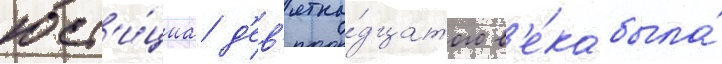
юст'и́циа д'ев'ятна́дцатого в'е́ка была́